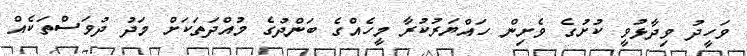
ވަހީދު ވިދާޅުވީ ކުށުގެ ވެށިން ހައްޔަރުކުރާ މީހެއްގެ ބަންދުގެ މުއްދަތަކަށް މަދު ދުވަސްތަކެއް